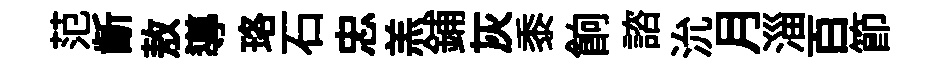
范齗敖導珞石忠羔鋪灰黍餉諮沇月淄百節